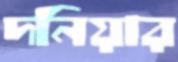
দনিয়ার